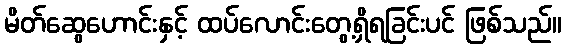
မိတ်ဆွေဟောင်းနှင့် ထပ်လောင်းတွေ့ရှိရခြင်းပင် ဖြစ်သည်။